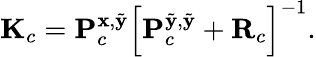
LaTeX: \mathbf{K}_{c}=\mathbf{P}_{c}^{\mathbf{x},\tilde{\mathbf{y}}}{\left[\mathbf{P}_{c}^{\tilde{\mathbf{y}},\tilde{\mathbf{y}}}+\mathbf{R}_{c}\right]}^{-1}.